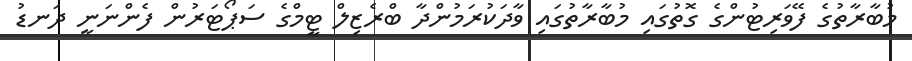
މުބާރާތުގެ ފޭވަރިޓުންގެ ގޮތުގައި މުބާރާތުގައި ވާދަކުރަމުންދާ ބްރެޒިލް ޓީމްގެ ސަޕޯޓަރުން ފެންނަނީ ދަނޑު